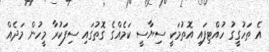
އެ ތަހުގީގު ހުއްޓިފައި އޮތުމަކީ ސިޔާސީ ކަމެއްގެ ގޮތުގައި ސިފަކުރާ މީހުން މަދެއް